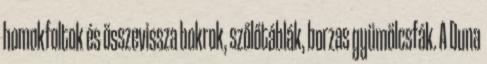
homokfoltok és összevissza bokrok, szőlőtáblák, borzas gyümölcsfák. A Duna